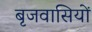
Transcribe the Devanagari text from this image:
बृजवासियों